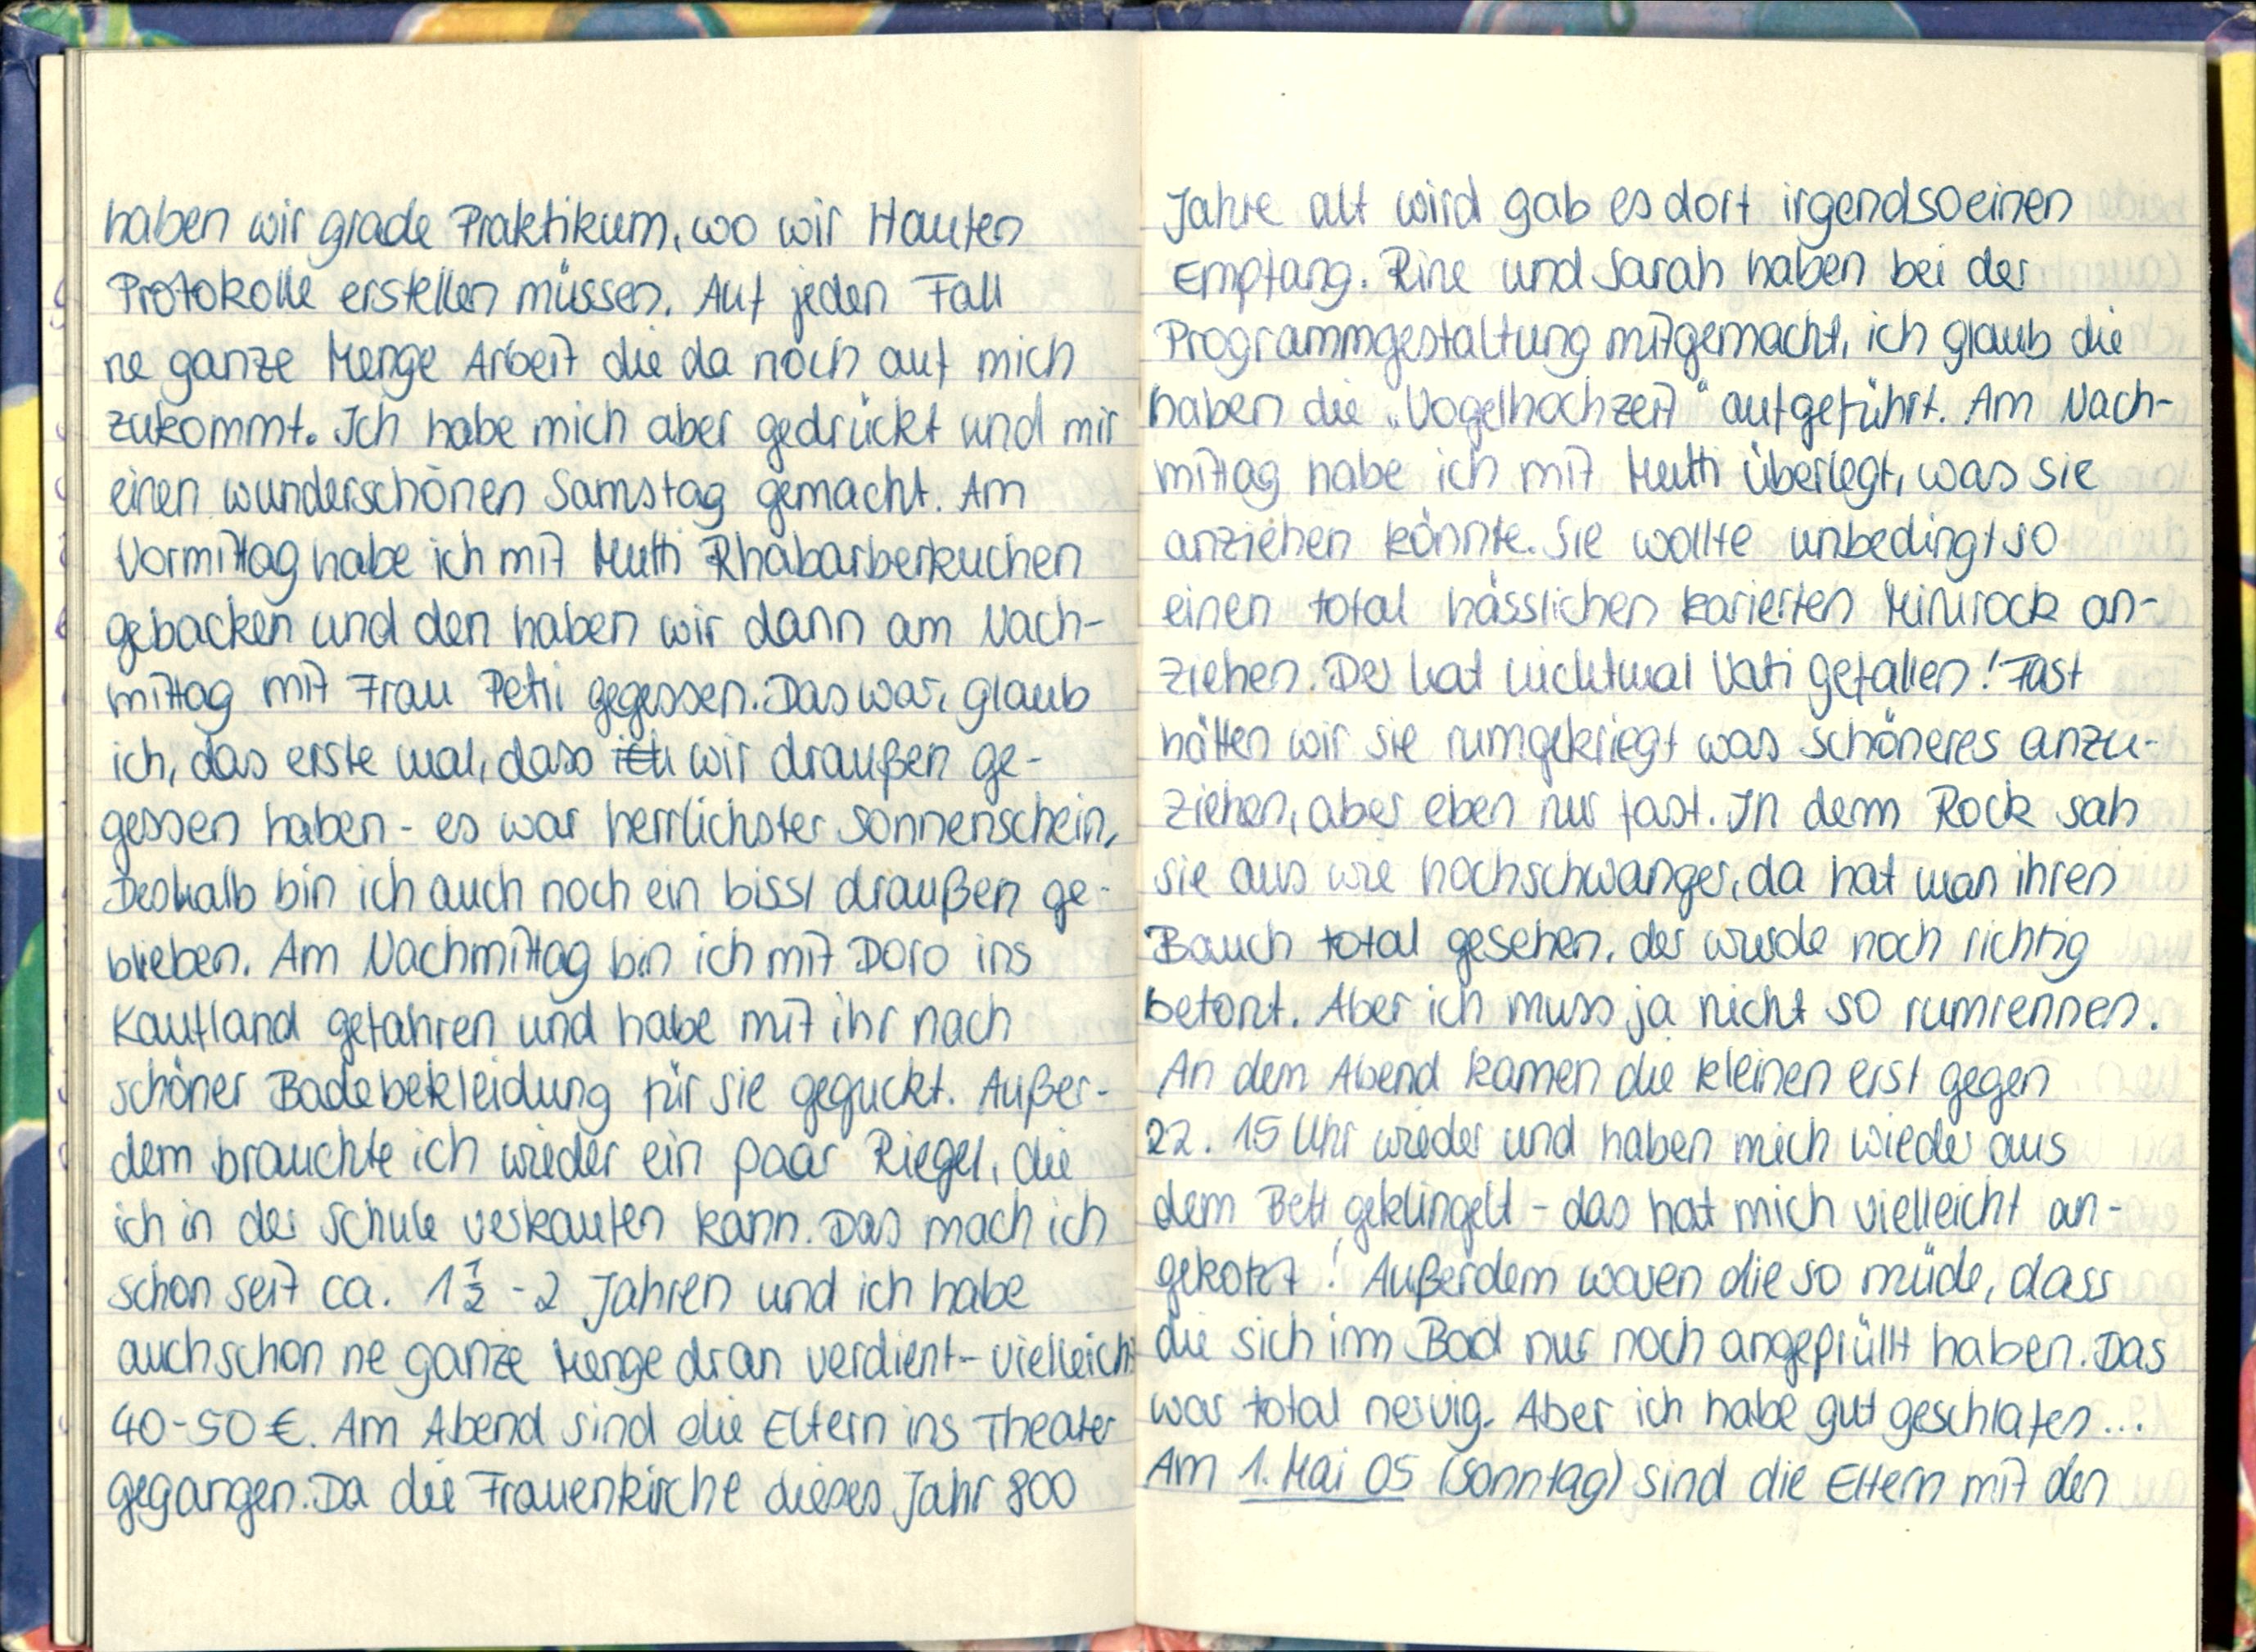
haben wir grade Praktikum, wo wir haufen
Protokolle erstellen müssen. Auf jeden Fall
ne ganze Menge Arbeit die da noch auf mich
zukommt. Ich habe mich aber gedrückt und mir
einen wunderschönen Samstag gemacht. Am
Vormittag habe ich mit Mutti Rhabarberkuchen
gebacken und den haben wir dann am Nach-
mittag mit Frau Petri gegessen. Das war, glaub
ich, das erste mal, dass wir draußen ge-
gessen haben - es war herrlichster Sonnenschein,
Deshalb bin ich auch noch ein bissl draußen ge-
blieben. Am Nachmittag bin ich mit Doro ins
Kaufland gefahren und habe mit ihr nach
schöner Badebekleidung für sie geguckt. Außer-
dem brauchte ich wieder ein paar Riegel, die
ich in der Schule verkaufen kann. Das mach ich
schon seit ca. 1½-2 Jahren und ich habe
auch schon ne ganze Menge dran verdient - vielleicht
40-50€. Am Abend sind die Eltern ins Theater
gegangen. Da die Frauenkirche dieses Jahr 800

Jahre alt wird gab es dort irgendsoeinen
Empfang. Rine und Sarah haben bei der
Programmgestaltung mitgemacht, ich glaub die
haben die „Vogelhochzeit" aufgeführt. Am Nach-
mittag habe ich mit Mutti überlegt, was sie
anziehen könnte. Sie wollte unbedingt so
einen total hässlichen karierten Minirock an-
ziehen. Der hat nichtmal Vati gefallen! Fast
hätten wir sie rumgekriegt was schöneres anzu-
ziehen, aber eben nur fast. In dem Rock sah
sie aus wie hochschwanger, da hat man ihren
Bauch total gesehen, der wurde noch richtig
betont. Aber ich muss ja nicht so rumrennen.
An dem Abend kamen die kleinen erst gegen
22. 15 Uhr wieder und haben mich wieder aus
dem Bett geklingelt - das hat mich vielleicht an-
gekotzt! Außerdem waren die so müde, dass
die sich im Bad nur noch angeprüllt haben. Das
war total nervig. Aber ich habe gut geschlafen...
Am 1. Mai 05 (Sonntag) sind die Eltern mit den